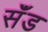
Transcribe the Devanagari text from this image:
सॅंड